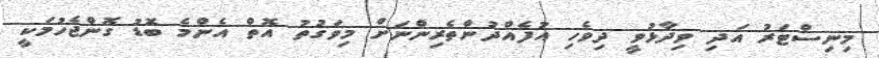
މިނިސްޓަރު އަދި ވިދާޅުވީ ދިވެހި އުފެއްދުންތެރިންނަށް މިވަގުތު އޮތް އެންމެ ބޮޑު ގޮންޖެހުމަކީ